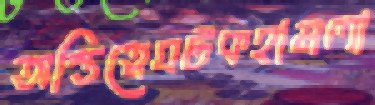
অস্তিত্বেঘটকহামলা